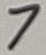
Text: 7